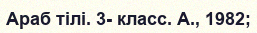
Араб тілі. 3- класс. А., 1982;